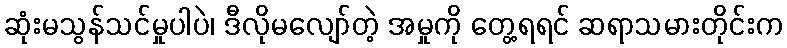
ဆုံးမသွန်သင်မှုပါပဲ၊ ဒီလိုမလျော်တဲ့ အမှုကို တွေ့ရရင် ဆရာသမားတိုင်းက